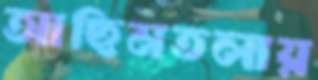
আছিমতলায়